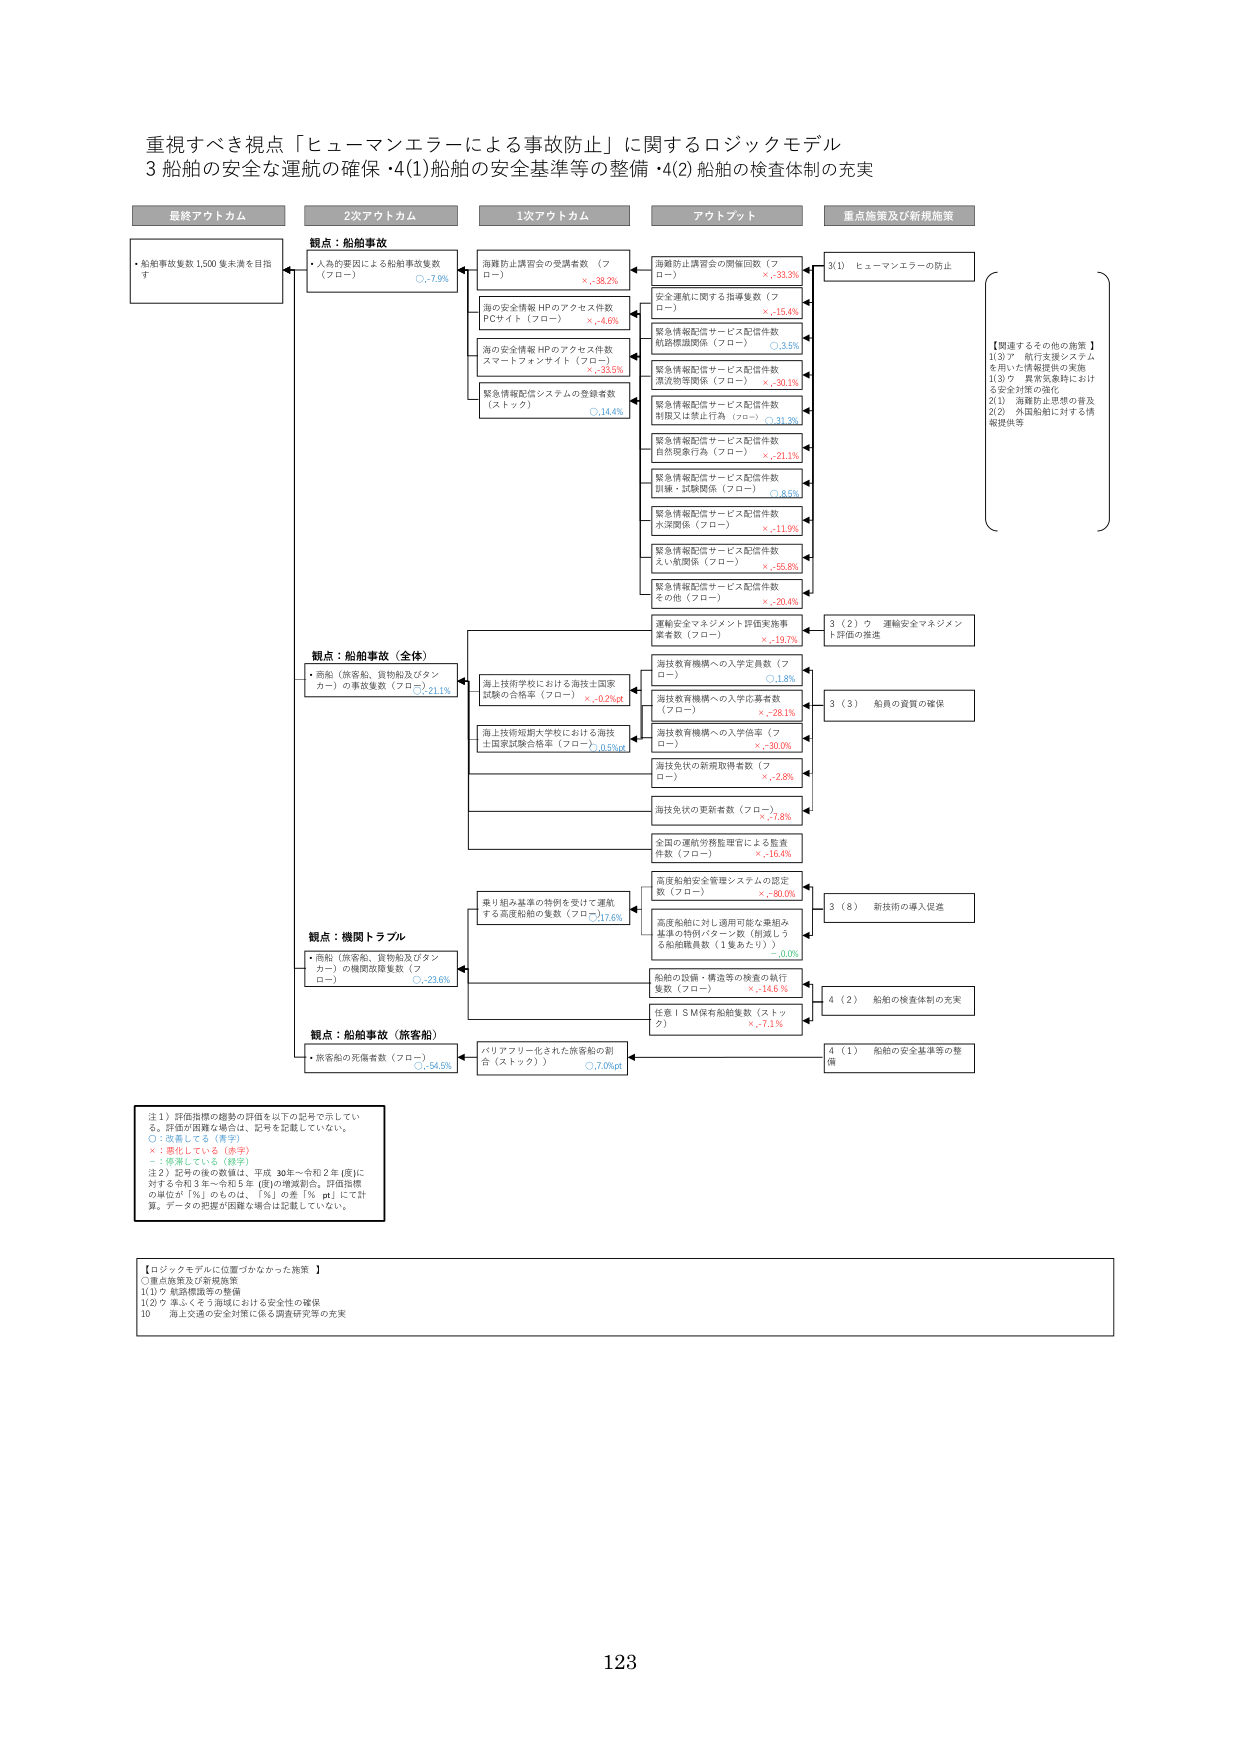
重視すべき視点「ヒューマンエラーによる事故防止」に関するロジックモデル
3 船舶の安全な運航の確保・4(1)船舶の安全基準等の整備・4(2)船舶の検査体制の充実

最終アウトカム
・船舶事故多数1,500隻未満を目指す

2次アウトカム
観点：船舶事故
・人的要因による船舶事故多数（フロー）
○-7.9%

1次アウトカム
海難防止講習会の受講者数（フロー）
×-38.2%
海の安全情報HPのアクセス件数
PCサイト（フロー）
×-4.6%
海の安全情報HPのアクセス件数
スマートフォンサイト（フロー）
×-33.5%
緊急情報配信システムの登録者数（ストック）
○14.4%

アウトプット
海難防止講習会の開催回数（フロー）
×-33.3%
安全運航に関する指導隻数（フロー）
×-15.4%
緊急情報配信サービス配信件数
航路標識関係（フロー）
○3.5%
緊急情報配信サービス配信件数
漂流物等関係（フロー）
×-30.1%
緊急情報配信サービス配信件数
相撲又は禁止行為（フロー）
○3.3%
緊急情報配信サービス配信件数
自然現象行為（フロー）
×-21.1%
緊急情報配信サービス配信件数
訓練・試験関係（フロー）
○8.5%
緊急情報配信サービス配信件数
水深関係（フロー）
×-11.9%
緊急情報配信サービス配信件数
えい航関係（フロー）
×-55.8%
緊急情報配信サービス配信件数
その他（フロー）
×-20.4%
運輸安全マネジメント評価実施事業者数（フロー）
×-19.7%
海技教育機構への入学定員数（フロー）
○1.8%
海技教育機構への入学応募者数（フロー）
×-28.1%
海技教育機構への入学合格率（フロー）
×-30.0%
海技免状の新規取得者数（フロー）
×-2.8%
海技免状の更新者数（フロー）
×-7.8%
全国の運航労務監理官による監査件数（フロー）
×-16.4%
高度船舶安全管理システムの認定数（フロー）
×-80.0%
高度船舶に対し適用可能な乗組み基準の特例パターン数（削減しろる船舶員数（1隻あたり））
-0.0%
船舶の設備・構造等の検査の執行隻数（フロー）
×-14.6%
任意ISM保有船舶隻数（ストック）
×-7.1%

重点施策及び新規施策
3(1) ヒューマンエラーの防止
3(2) ウ 運輸安全マネジメント評価の推進
3(3) 船員の資質の確保
3(8) 新技術の導入促進
4(2) 船舶の検査体制の充実
4(1) 船舶の安全基準等の整備

観点：船舶事故（全体）
・商船（旅客船、貨物船及びタンカー）の事故隻数（フロー）
○-21.1%

海上技術学校における海技士国家試験の合格率（フロー）
×-0.2%pt
海上技術短期大学における海技士国家試験合格率（フロー）
○0.5%pt

観点：機関トラブル
・商船（旅客船、貨物船及びタンカー）の機関故障隻数（フロー）
○-23.6%

乗り組み基準の特例を受けて運航する高度船舶の隻数（フロー）
○-17.6%

観点：船舶事故（旅客船）
・旅客船の死傷者数（フロー）
○-54.5%

バリアフリー化された旅客船の割合（ストック）
○7.0%pt

【関連するその他の施策】
1(3)ア 航行支援システムを用いた情報提供の実施
1(3)ウ 異常気象時における安全対策の強化
2(1) 海難防止思想の普及
2(2) 外国船舶に対する情報提供等

注1）評価指標の趨勢の評価を以下の記号で示している。評価が困難な場合は、記号を記載していない。
○：改善している（青字）
×：悪化している（赤字）
－：変動している（緑字）
注2）記号の後の数値は、平成30年～令和2年（度）に対する令和3年～令和5年（度）の増減割合。評価指標の単位が「%」のものは、「%」の差「% pt」にて計算。データの把握が困難な場合は記載していない。

【ロジックモデルに位置づかなかった施策】
○重点施策及び新規施策
1(1) ウ 航路標識等の整備
1(2) ウ 準しくそう海域における安全性の確保
10 海上交通の安全対策に係る調査研究等の充実

123